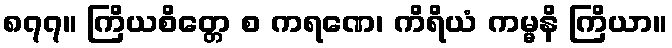
၈၇၇။ ကြိယစိတ္တေ စ ကရဏေ၊ ကိရိယံ ကမ္မနိ ကြိယာ။